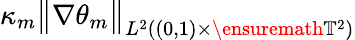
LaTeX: \kappa_{m}\big\| \nabla{\theta}_{m}\big\| _{L^{2}((0,1)\times\ensuremath{\mathbb{T}}^{2})}